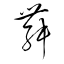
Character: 舞